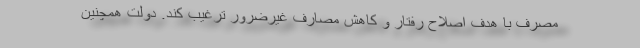
مصرف با هدف اصلاح رفتار و کاهش مصارف غیرضرور ترغیب کند. دولت همچنین